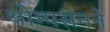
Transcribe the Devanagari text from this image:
थोम्पसनने